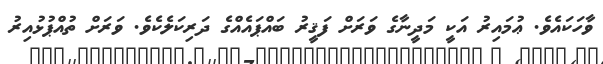
ވާހަކައެވެ. ޢުމައިރު އަކީ މަދީނާގެ ވަރަށް ފަޤީރު ބައްޕައެއްގެ ދަރިކަލެކެވެ. ވަރަށް ތުއްޕުޅުއިރު